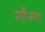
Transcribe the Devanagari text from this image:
सौम्‍य